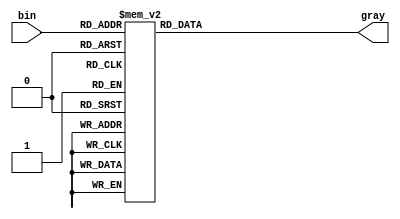
`timescale 1ns / 1ps

module Bin_to_gary_bh(
input [3:0] bin,
output reg [3:0] gray
    );
    always@(*)
    begin
    case(bin)
        4'b0000 : gray=4'b0000;
        4'b0001 : gray=4'b0001;
        4'b0010 : gray=4'b0011;
        4'b0011 : gray=4'b0010;
        4'b0100 : gray=4'b0110;
        4'b0101 : gray=4'b0111;
        4'b0110 : gray=4'b0101;
        4'b0111 : gray=4'b0100;
        4'b1000 : gray=4'b1100; 
        4'b1001 : gray=4'b1101;
        4'b1010 : gray=4'b1111;
        4'b1011 : gray=4'b1110;
        4'b1100 : gray=4'b1010;
        4'b1101 : gray=4'b1011;
        4'b1110 : gray=4'b1001;
        4'b1111 : gray=4'b1000;
    endcase
    end
endmodule